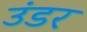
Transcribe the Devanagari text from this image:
उंडर